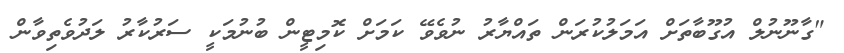
"ގާނޫނުލް އުގޫބާތަށް އަމަލުކުރަން ތައްޔާރު ނުވެވޭ ކަމަށް ކޮމިޓީން ބުނުމަކީ ސަރުކާރު ލަދުވެތިވާން